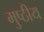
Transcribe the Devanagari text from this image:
मुष्ठीय